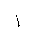
Letter: _alif